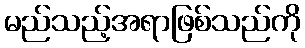
မည်သည့်အရာဖြစ်သည်ကို